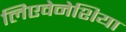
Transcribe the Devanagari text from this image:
लिएवेनेशिया